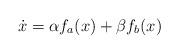
LaTeX: \begin{align*}\dot x = \alpha f_a(x) + \beta f_b(x)\end{align*}